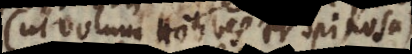
(ut volunt Hobbes et Spinosa)